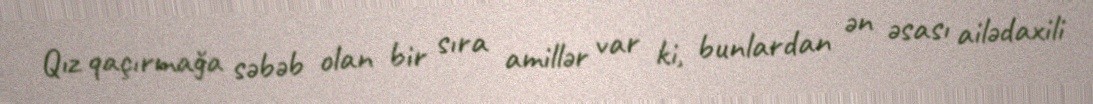
Qız qaçırmağa səbəb olan bir sıra amillər var ki, bunlardan ən əsası ailədaxili